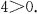
$$4＞0$$.